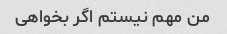
من مهم نیستم اگر بخواهی